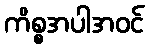
ကိစ္စအပါအဝင်